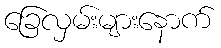
ခြေလှမ်းများနောက်